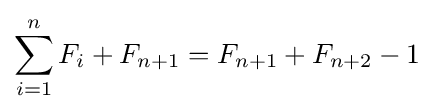
\sum _{i=1}^{n}F_{i}+F_{n+1}=F_{n+1}+F_{n+2}-1